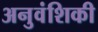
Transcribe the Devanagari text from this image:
अनुवंशिकी